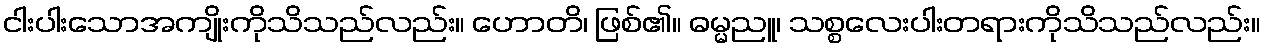
ငါးပါးသောအကျိုးကိုသိသည်လည်း။ ဟောတိ၊ ဖြစ်၏။ ဓမ္မညူ၊ သစ္စလေးပါးတရားကိုသိသည်လည်း။